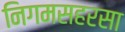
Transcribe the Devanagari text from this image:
निगमसहरसा